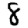
Digit: 8